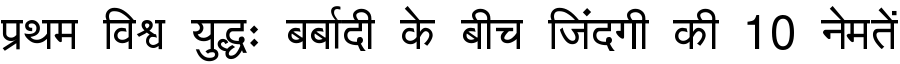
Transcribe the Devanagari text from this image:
प्रथम विश्व युद्धः बर्बादी के बीच जिंदगी की 10 नेमतें